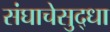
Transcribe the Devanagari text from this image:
संघाचेसुद्धा